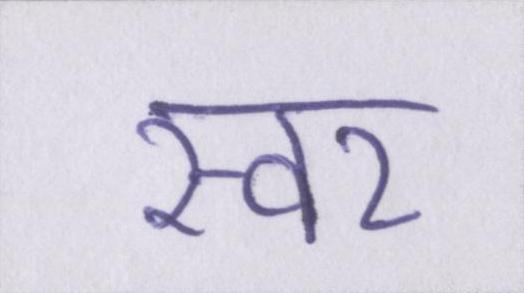
स्वर